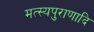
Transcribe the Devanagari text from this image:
मत्स्यपुराणादि